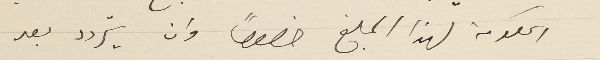
الحكومة لهذا المبلغ خصوصاً وان يتردد بعد